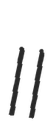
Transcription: II